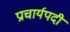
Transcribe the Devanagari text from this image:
प्राचार्यपदी